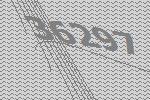
36297